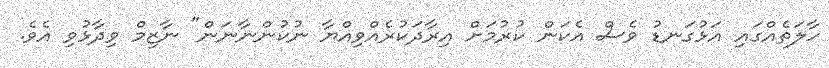
ހާލަތެއްގައި އަޅުގަނޑު ވެސް އެކަން ކުރުމަށް އިރާދަކުރެއްވިއްޔާ ނުކުންނާނަން" ނާޒިމް ވިދާޅުވި އެވެ.